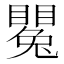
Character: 𥋥